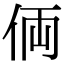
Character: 𠈓